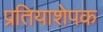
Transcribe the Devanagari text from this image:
प्रतियाशेपक